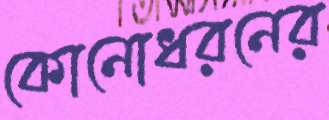
কোনোধরনের